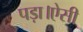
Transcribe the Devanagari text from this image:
पड़ा।ऐसी